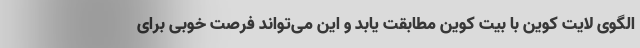
الگوی لایت کوین با بیت کوین مطابقت یابد و این می‌تواند فرصت خوبی برای